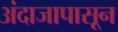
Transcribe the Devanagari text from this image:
अंदाजापासून